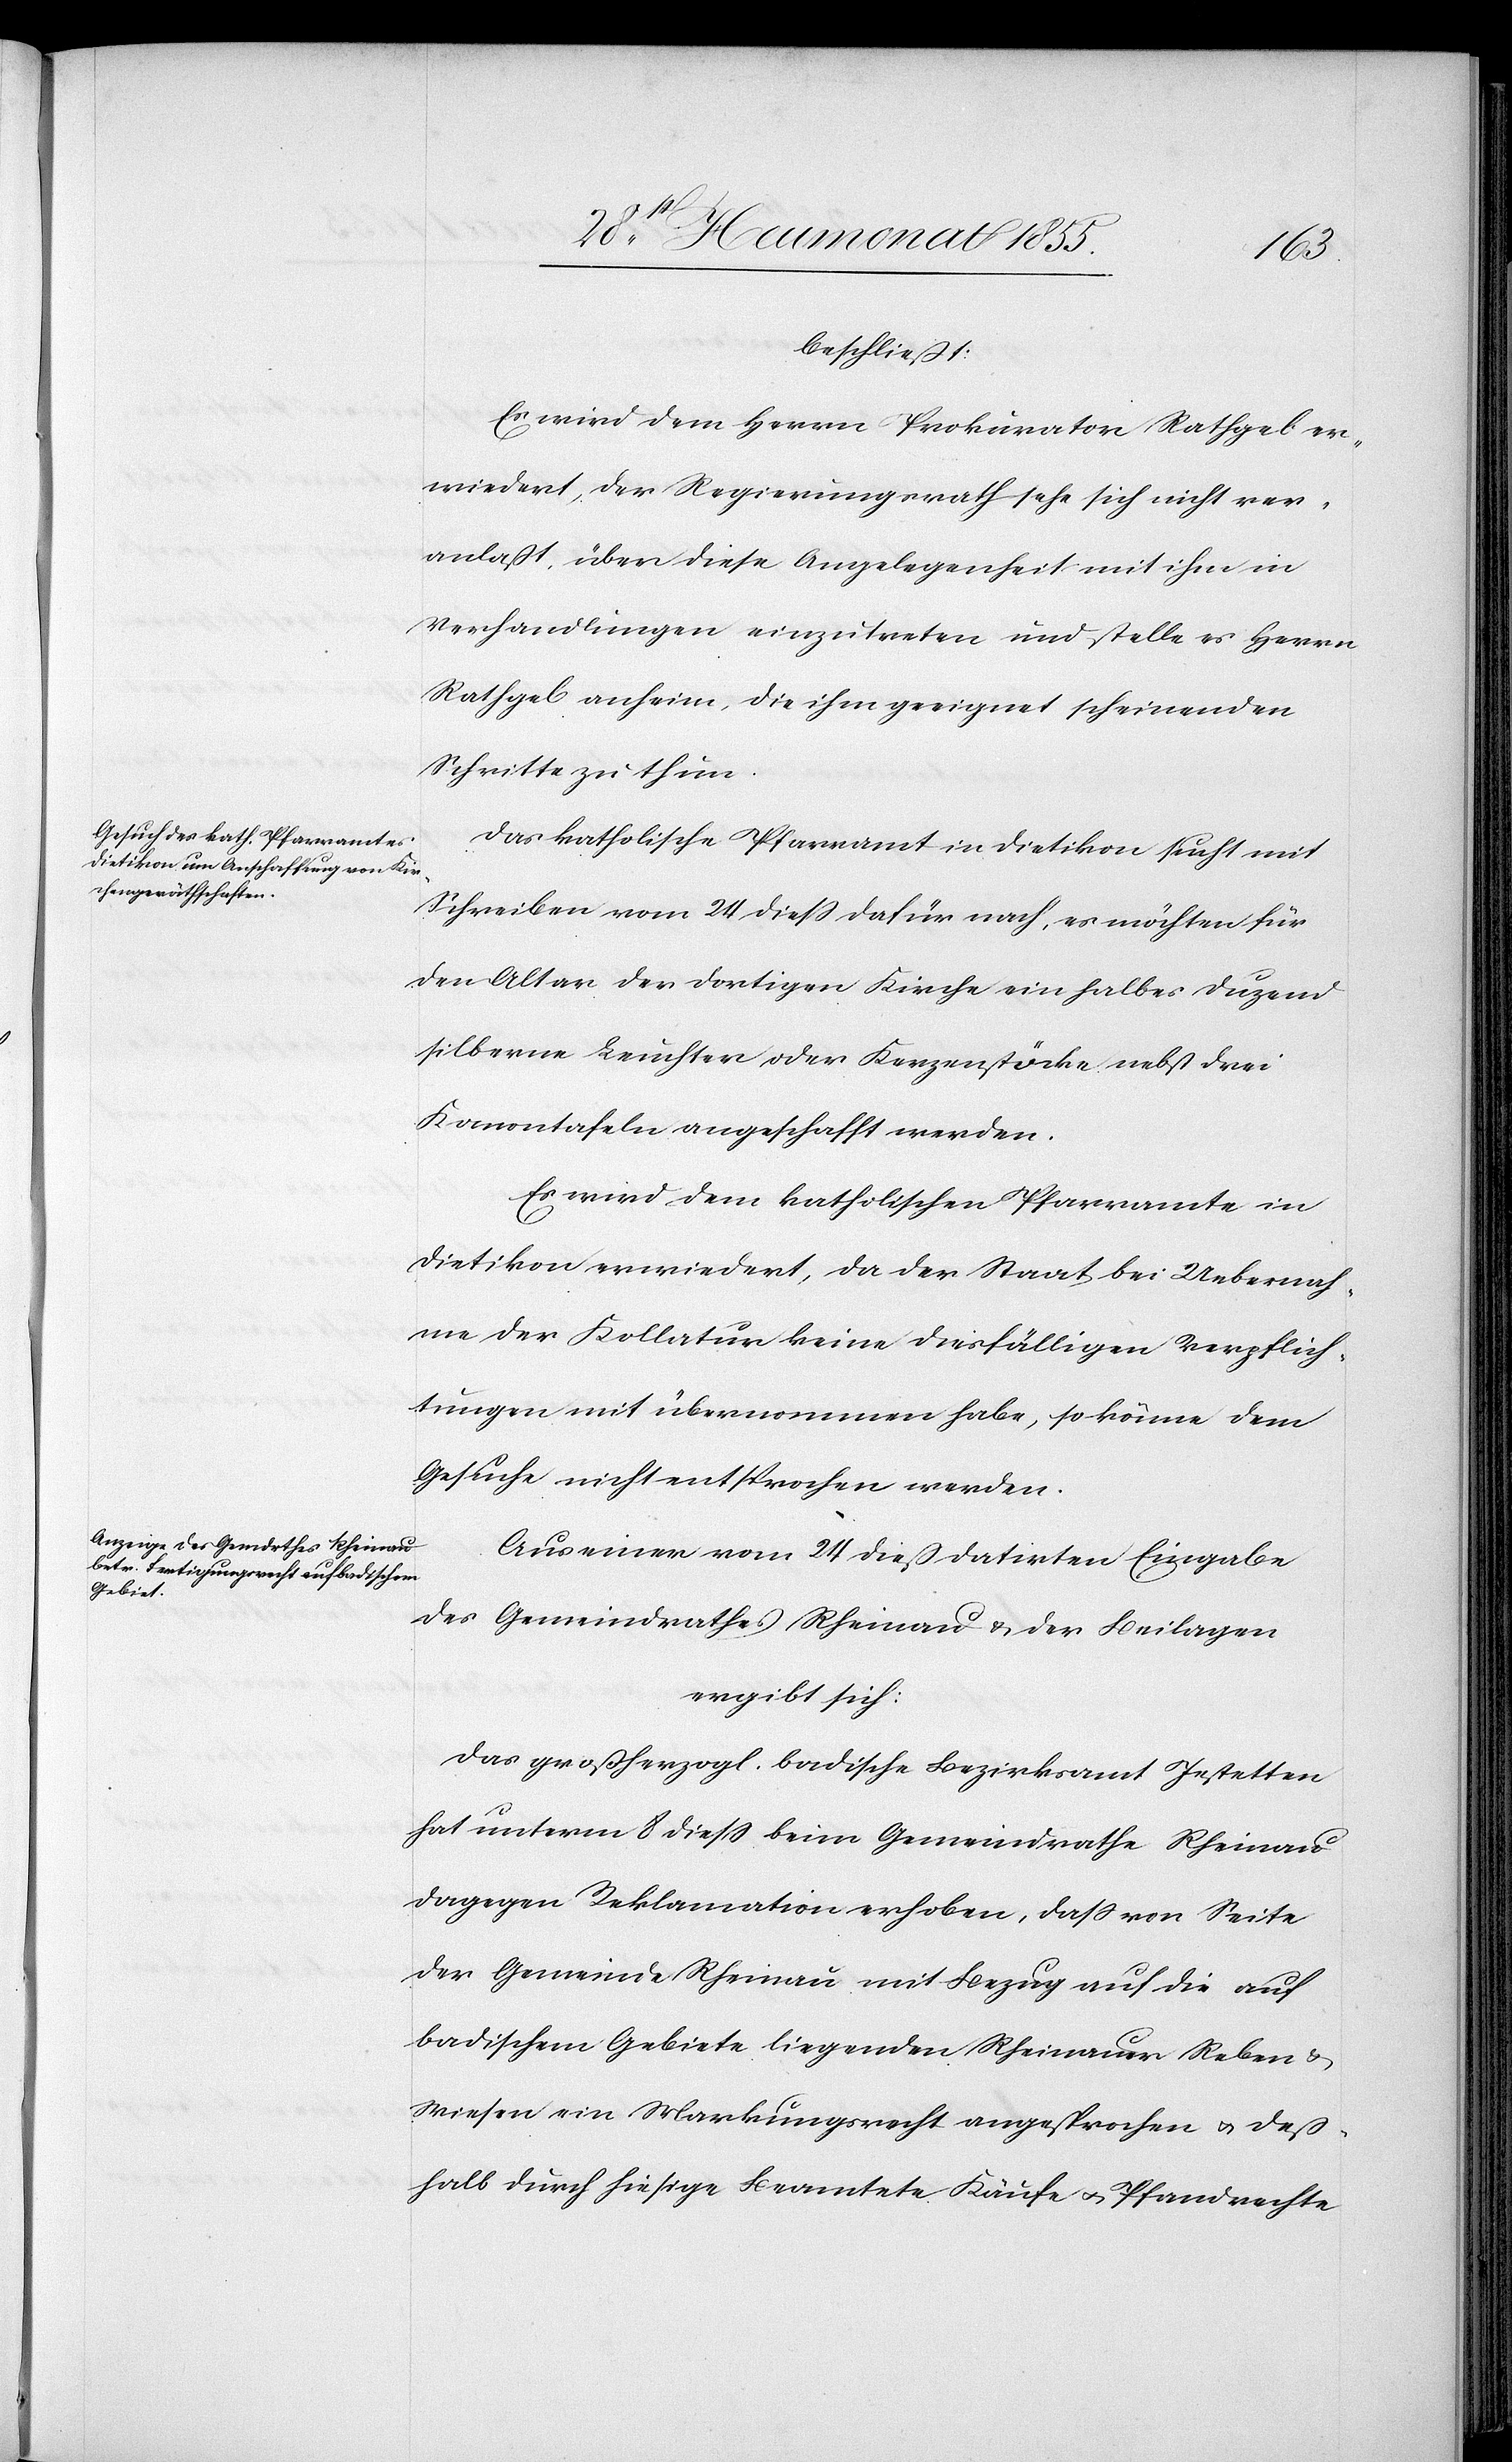
beschließt:
Es wird dem Herrn Prokurator Rathgeb er¬
wiedert, der Regierungsrath sehe sich nicht ver¬
anlaßt, über diese Angelegenheit mit ihm in
Verhandlungen einzutreten und stelle es Herrn
Rathgeb anheim, die ihm geeignet scheinenden
Schritte zu thun.
Das katholische Pfarramt in Dietikon sucht mit
Schreiben vom 24 diess dafür nach, es möchten für
den Altar der dortigen Kirche ein halbes Duzend
silberne Leuchter oder Kerzenstöcke nebst drei
Kanontafeln angeschafft werden.
Es wird dem katholischen Pfarramte in
Dietikon erwiedert, da der Staat bei Uebernah¬
me der Kollatur keine diesfälligen Verpflich¬
tungen mit übernommen habe, so könne dem
Gesuche nicht entsprochen werden.
Aus einer vom 24 dieß datirten Eingabe
des Gemeindrathes Rheinau & der Beilagen
ergibt sich:
Das großherzogl. badische Bezirksamt Jestetten
hat unterm 8 diess beim Gemeindrathe Rheinau
dagegen Reklamation erhoben, dass von Seite
der Gemeinde Rheinau mit Bezug auf die auf
badischem Gebiete liegenden Rheinauer Reben &
Wiesen ein Markungsrecht angesprochen & deß¬
halb durch hiesige Beamtete Käufe & Pfandrechte